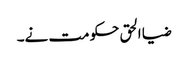
ضیا الحق حکومت نے۔